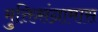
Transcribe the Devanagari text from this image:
मुक्तिसंग्रामास